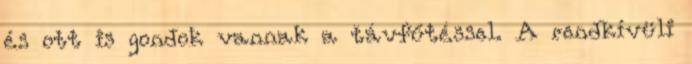
és ott is gondok vannak a távfűtéssel. A rendkívüli